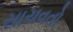
સાચવતો